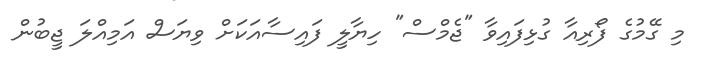
މި ގޭމުގެ ފޯރިއާ ގުޅިފައިވާ "ޖެމްސް" ހިޔާލީ ފައިސާއަކަށް ވިޔަސް އަމިއްލަ ޖީބުން